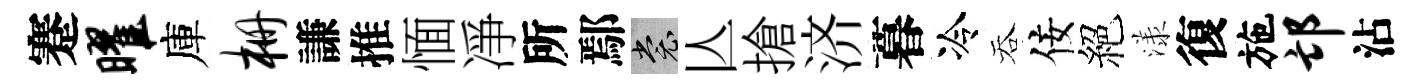
蹇曜庫栅謙推愐凈所鄢裳亾搶济暮冷吞佞絕漾復施邙沾